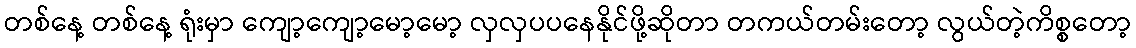
တစ်နေ့ တစ်နေ့ ရုံးမှာ ကျော့ကျော့မော့မော့ လှလှပပနေနိုင်ဖို့ဆိုတာ တကယ်တမ်းတော့ လွယ်တဲ့ကိစ္စတော့